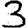
Digit: 3